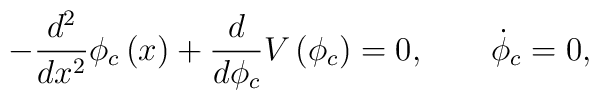
-\frac{d^2}{dx^2} \phi_c\left(x\right) +\frac{d}{d\phi_c}V\left(\phi_c\right)=0, \qquad \dot\phi_c = 0,